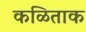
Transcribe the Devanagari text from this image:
कळिताक